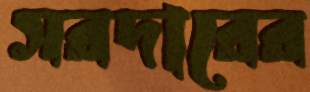
সরদারের